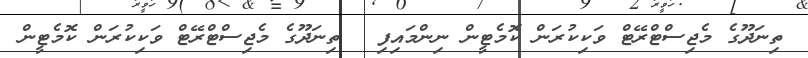
ތިނަދޫގެ މެޖިސްޓްރޭޓް ވަކިކުރަން ކޮމެޓީން ނިންމައިފި  	ތިނަދޫގެ މެޖިސްޓްރޭޓް ވަކިކުރަން ކޮމެޓީން